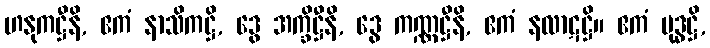
ဟနုကဋ္ဌီနိ, ဧကံ နာသိကဋ္ဌိ, ဒွေ အက္ခိဋ္ဌီနိ, ဒွေ ကဏ္ဏဋ္ဌီနိ, ဧကံ နလာဋဋ္ဌိ။ ဧကံ မုဒ္ဓဋ္ဌိ,